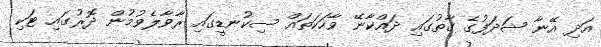
އަދި އޭނާ ޝަދަފުގެ ގާތުގައި ދައްކާނޭ ވާހަކަތައް ސިކުނޑީގައި ރާވާލެވުމުން ދޮރުގައި ޓަކި